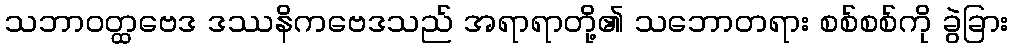
သဘာဝတ္ထဗေဒ ဒဿနိကဗေဒသည် အရာရာတို့၏ သဘောတရား စစ်စစ်ကို ခွဲခြား